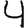
Digit: 4